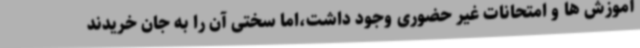
آموزش ها و امتحانات غیر حضوری وجود داشت،اما سختی آن را به جان خریدند